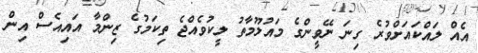
އެއް ލައްކައަށްވުރެ ގިނަ ނޭވީންގެ މައުލޫމާތު ލީކުވެއްޖެ ތިކަމުގެ ޒިންމާ އައިއެސް އިން